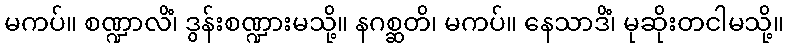
မကပ်။ စဏ္ဍာလိံ၊ ဒွန်းစဏ္ဍားမသို့။ နဂစ္ဆတိ၊ မကပ်။ နေသာဒိံ၊ မုဆိုးတငါမသို့။